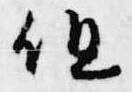
但